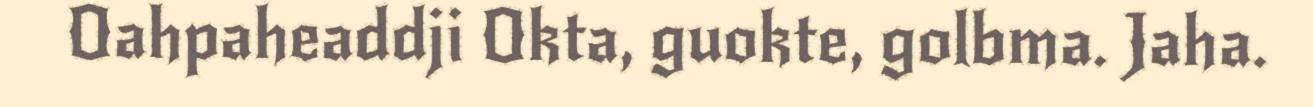
Oahpaheaddji Okta, guokte, golbma. Jaha.